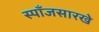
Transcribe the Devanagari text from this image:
स्पाँजसारखे